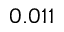
0 . 0 1 1